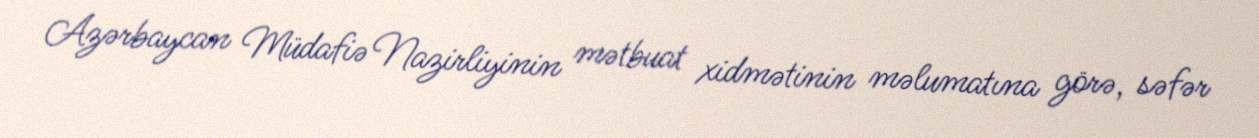
Azərbaycan Müdafiə Nazirliyinin mətbuat xidmətinin məlumatına görə, səfər